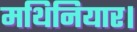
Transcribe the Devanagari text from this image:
मथिनियार।